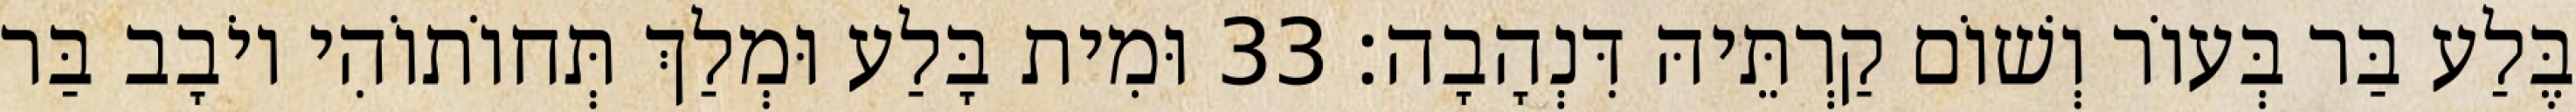
בֶּלַע בַּר בְּעוֹר וְשׁוֹם קַרְתֵּיהּ דִּנְהָבָה׃ 33 וּמִית בָּלַע וּמְלַךְ תְּחוֹתוֹהִי יוֹבָב בַּר